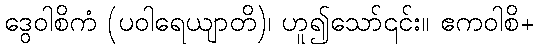
ဒွေဝါစိကံ (ပဝါရေယျာတိ)၊ ဟူ၍သော်၎င်း။ ဧကဝါစိ+